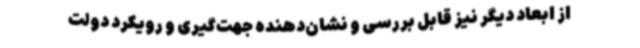
از ابعاد دیگر نیز قابل‌ بررسی و نشان‌دهنده جهت‌گیری و رویکرد دولت